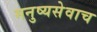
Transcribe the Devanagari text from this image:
मनुष्यसेवाच